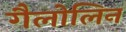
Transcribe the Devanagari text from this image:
गैलोलिन